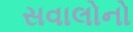
સવાલોનો